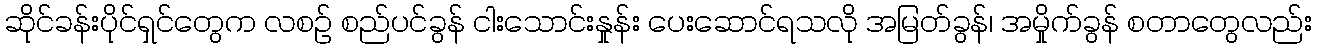
ဆိုင်ခန်းပိုင်ရှင်တွေက လစဉ် စည်ပင်ခွန် ငါးသောင်းနှုန်း ပေးဆောင်ရသလို အမြတ်ခွန်၊ အမှိုက်ခွန် စတာတွေလည်း